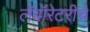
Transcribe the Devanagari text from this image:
लॅबॉरेटरीचे